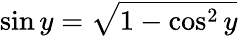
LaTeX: \sin y={\sqrt{1-\cos^{2}y}}\,